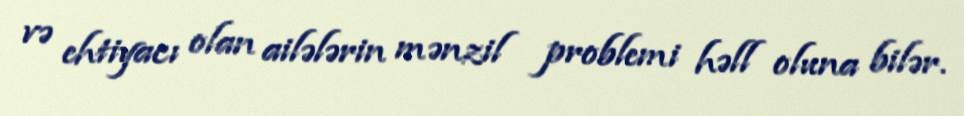
və ehtiyacı olan ailələrin mənzil problemi həll oluna bilər.